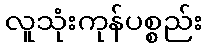
လူသုံးကုန်ပစ္စည်း